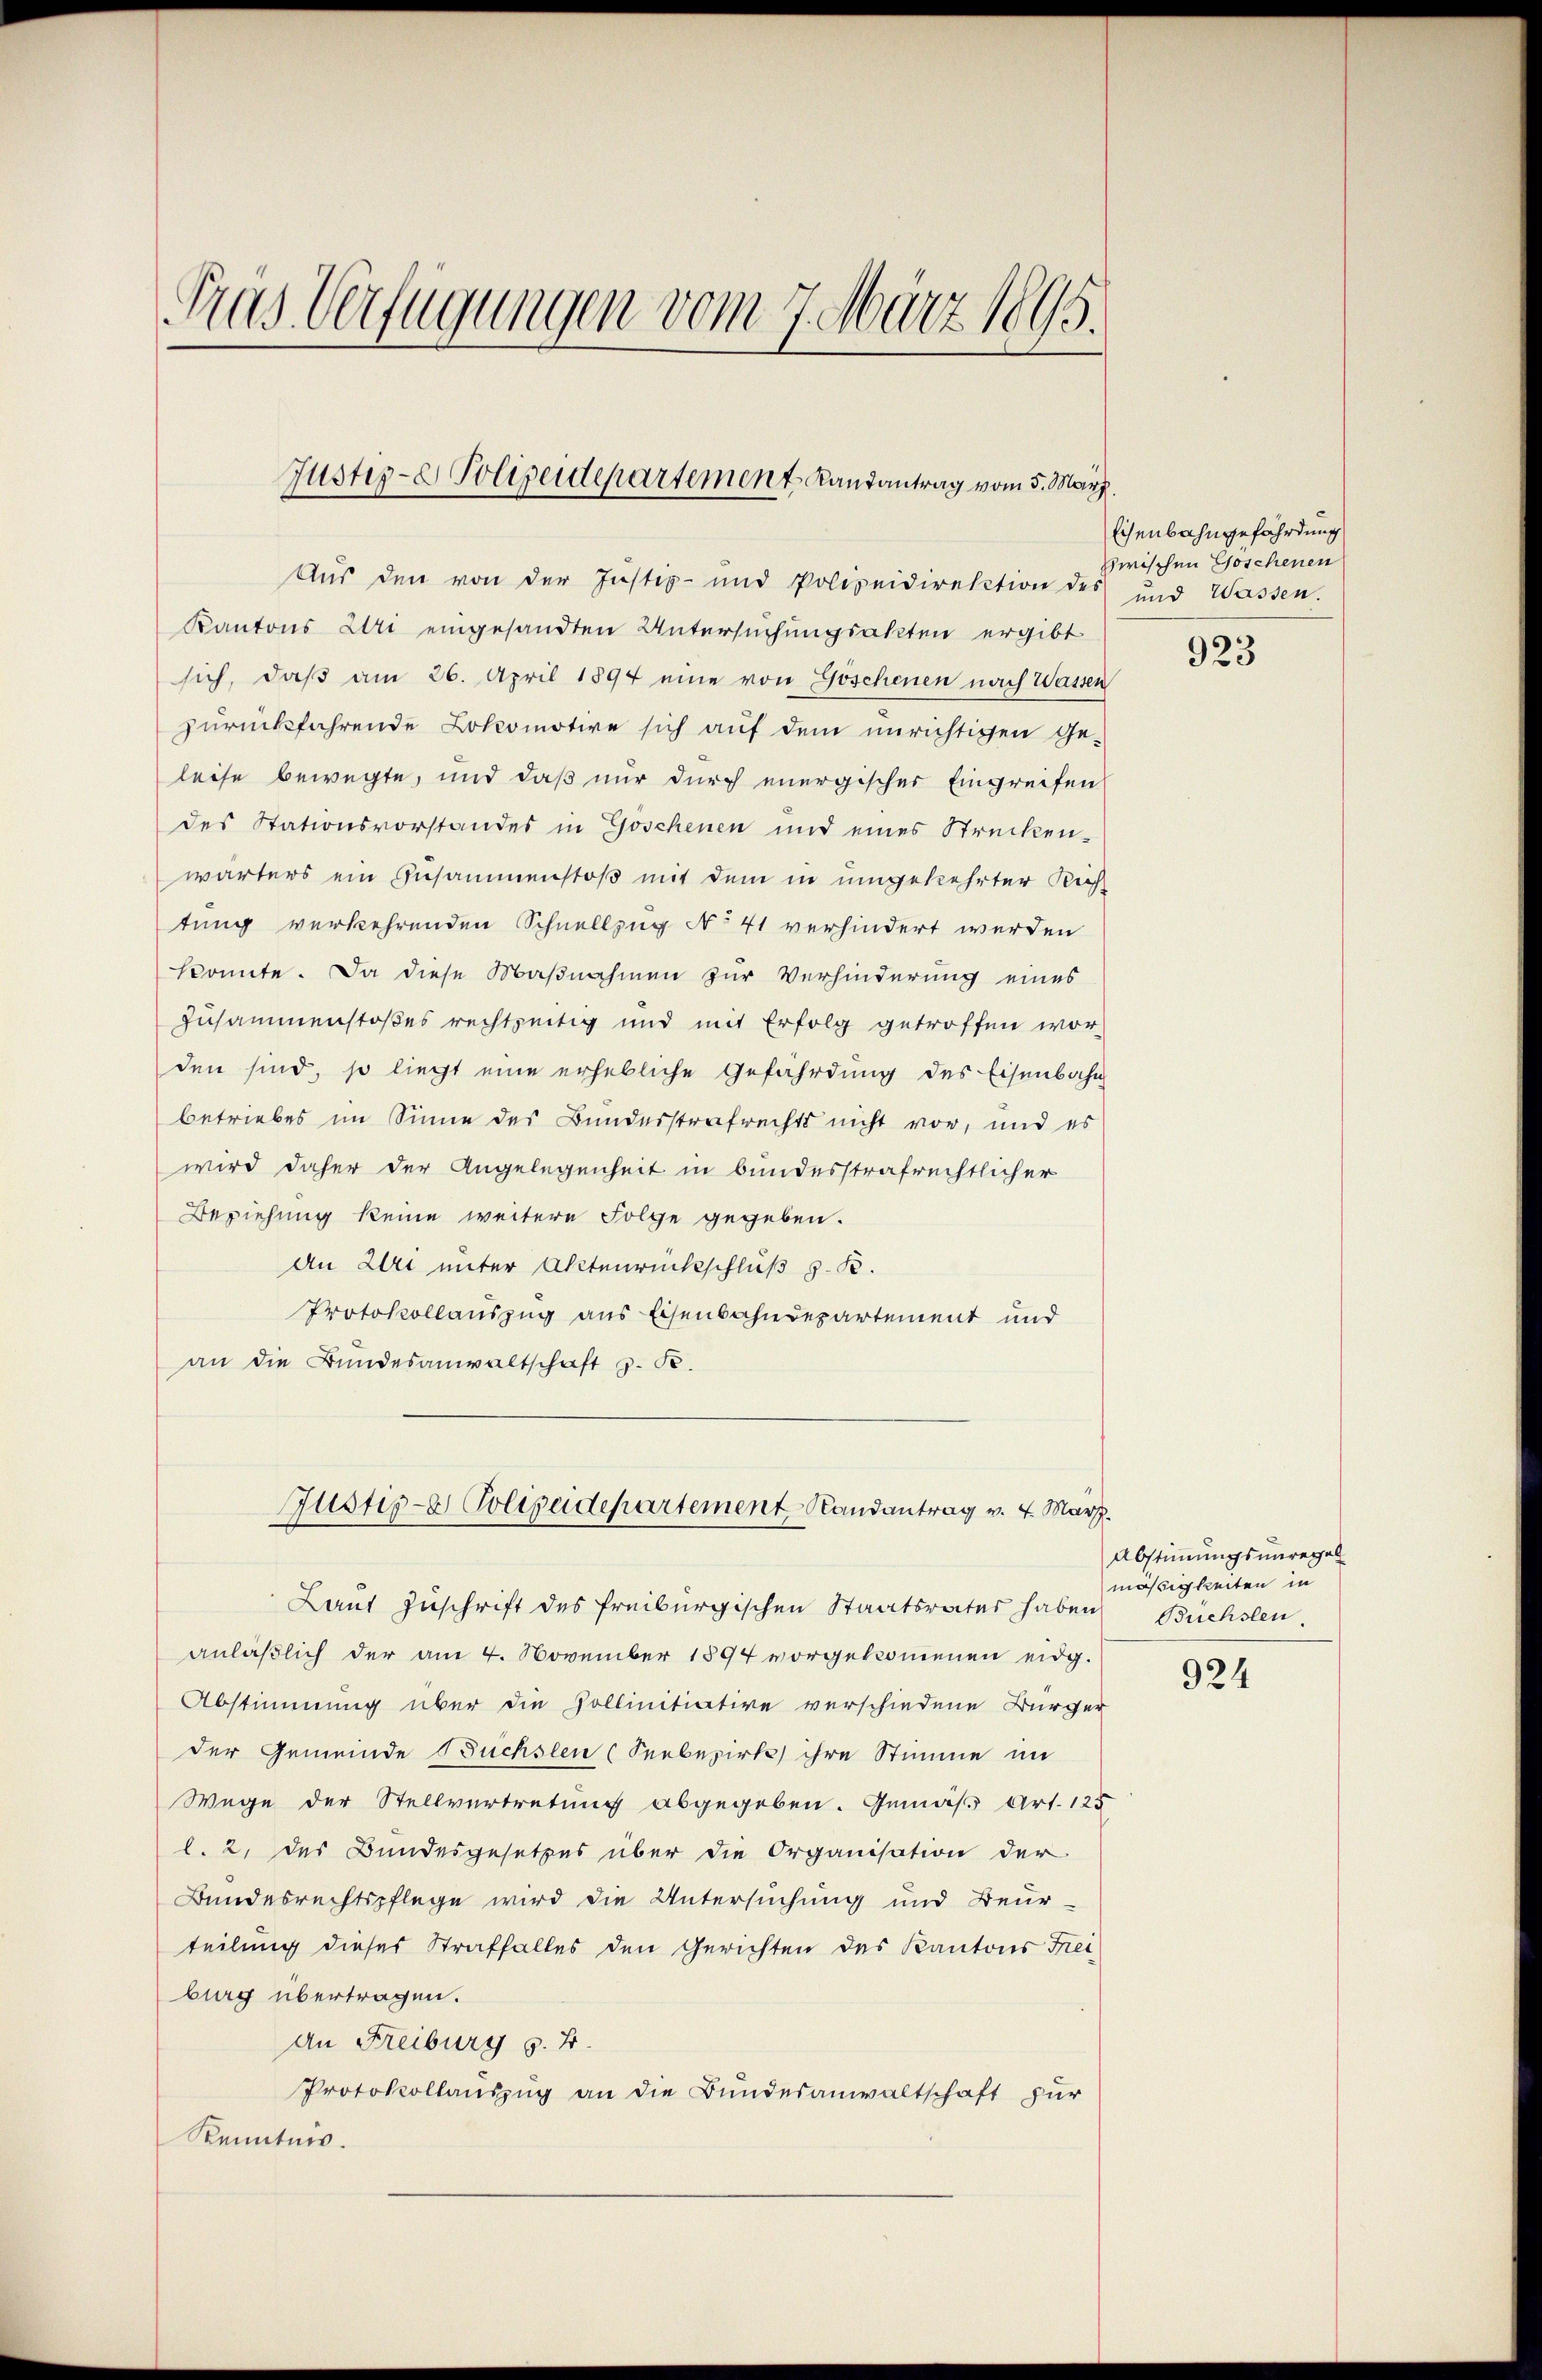
Das Verfügungen vom 7. März 1895.

Justiz- & Polizeidepartement Randantrag vom 5. März.

Aus den von der Justiz- und Polizeidirektion des und Wassen.
Kantons Uri eingesandten Untersuchungsakten ergibt
sich, daß am 26. April 1894 eine von Göschenen nach Wassen
zurückfahrende Lokomotive sich auf dem unrichtigen Ge-
leise bewegte, und daß nur durch energischer Eingreifen
des Stationsvorstandes in Göschenen und eines Strecken-
wärters ein Zusammenstoß mit dem in umgekehrter Rich-
tung verkehrenden Schnellzug No 41 verhindert werden
konnte. Da diese Maßnahmen zur Verhinderung eines
Zusammenstoßes rechtzeitig und mit Erfolg getroffen wor-
den sind, so liegt eine erhebliche Gefährdung des Eisenbahn
betriebes im Sinne des Bundesstrafrechts nicht vor, und es
wird daher der Angelegenheit in bundesstrafrechtlicher
Beziehung keine weitere Folge gegeben.
An Uri unter Aktenrückschluß z. B.
Protokollauszug aus Eisenbahndepartement und
an die Bundesanwaltschaft z. R.
Justiz- & Polizeidepartement Randantrag v. 4. März.
Laut Zuschrift des Freiburgischen Staatsrates haben Büchsten.
anläßlich der am 4. November 1894 vorgekommenen eidg.
Abstimmung über die Pollinitiative verschiedene Bürger
der Gemeinde Buchsten (Seebezirk ihre Stimme im
Wege der Stellvertretung abgegeben. Gemäß Art. 125
l. 2, des Bundesgesetzes über die Organisation der
Bundesrechtspflege wird die Untersuchung und Beur-
teilung dieser Straffalles den Gerichten des Kantons Freiburg übertragen.
An Freiburg z. B.
Protokollauszug an die Bundesanwaltschaft zur
Kenntnis.

Eisenbahngefährdung
zwischen Goschenen

923

Abstimmungsunregel
mäßigkeiten in

924